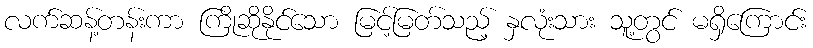
လက်ဆန့်တန်းကာ ကြိုဆိုနိုင်သော မြင့်မြတ်သည့် နှလုံးသား သူ့တွင် မရှိကြောင်း